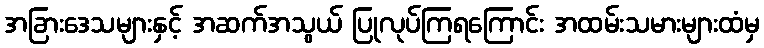
အခြားဒေသများနှင့် အဆက်အသွယ် ပြုလုပ်ကြရကြောင်း အထမ်းသမားများထံမှ